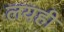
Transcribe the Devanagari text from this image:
लयही